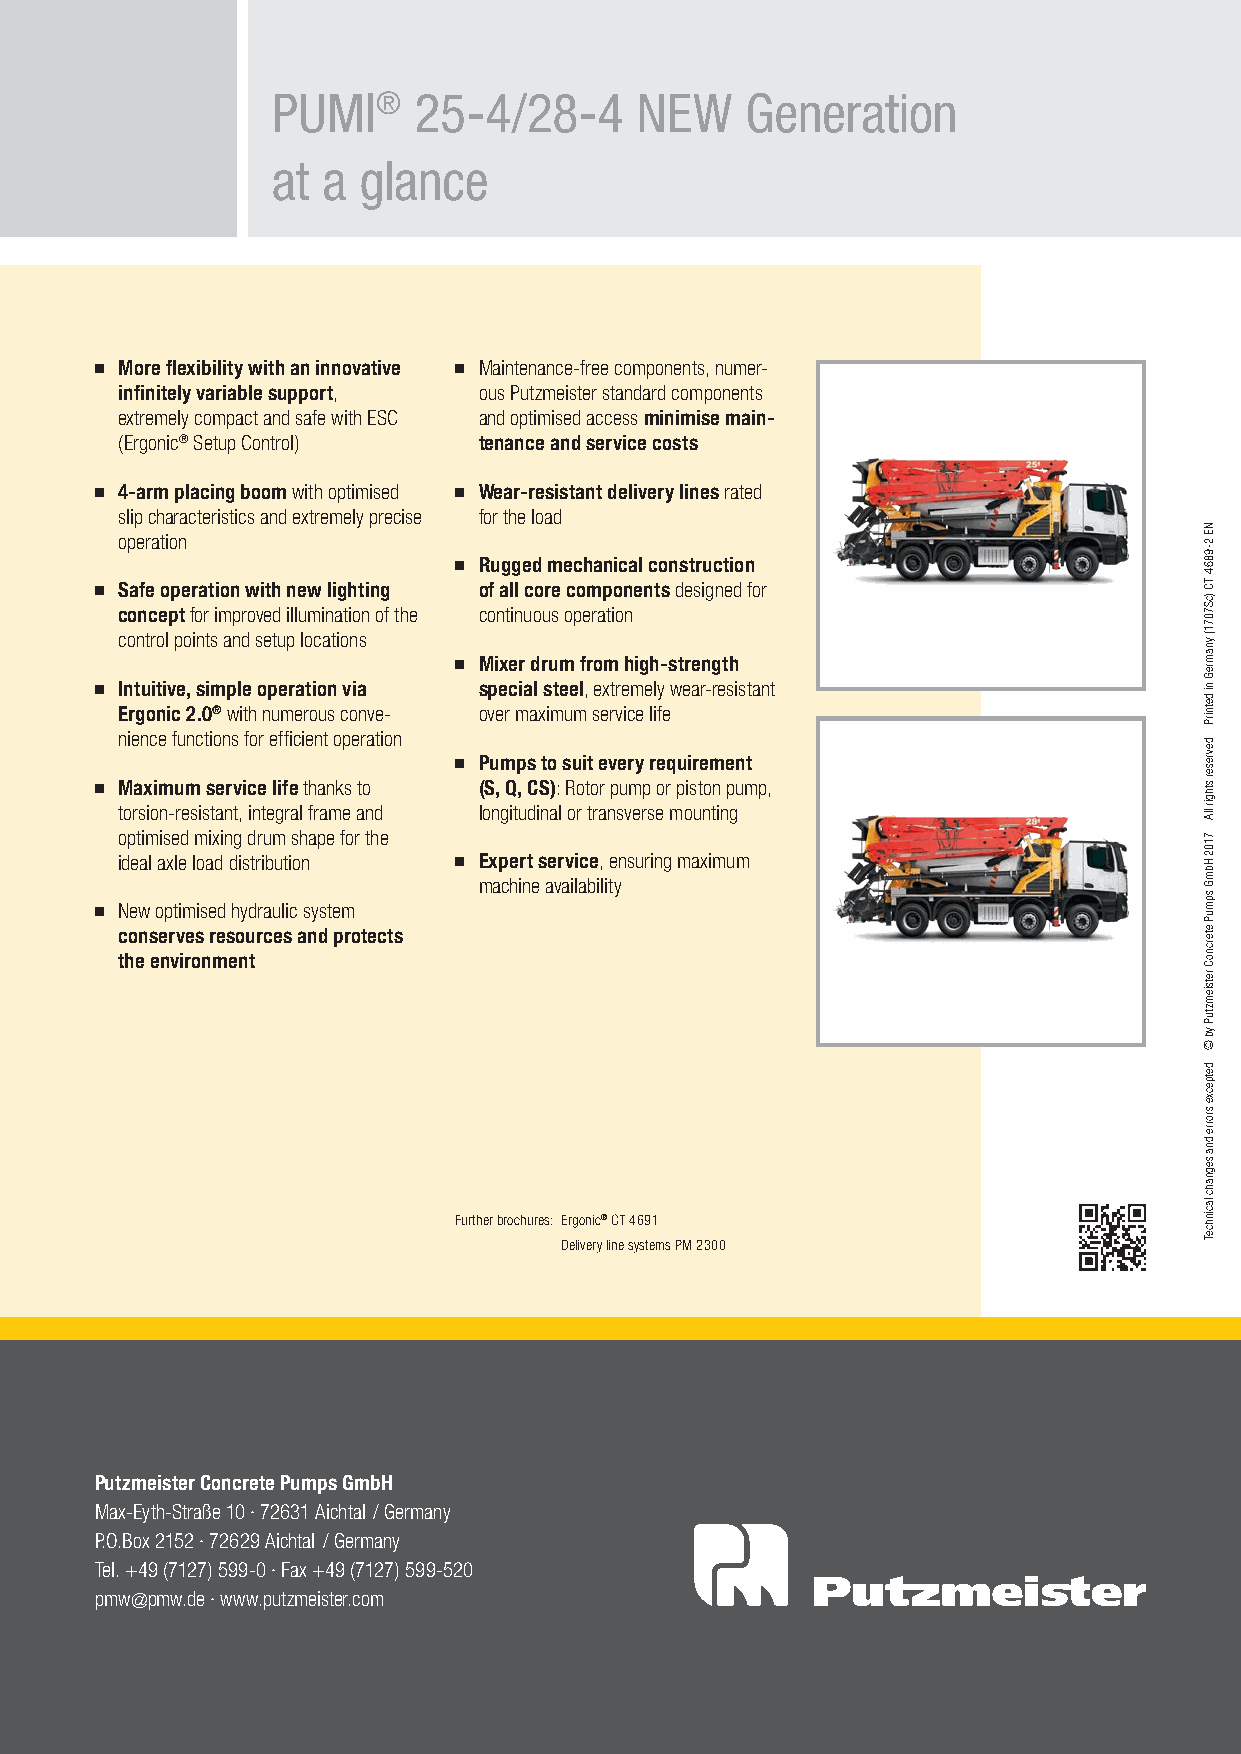
PUMI®    25-4/28-4      NEW    Generation
 at a  glance
 ■■ More flexibility with an innovative ■■ Maintenance-free components, numer-
 infinitely variable support, ous Putzmeister standard components
 extremely compact and safe with ESC and optimised access minimise main-
 (Ergonic® Setup Control) tenance and service costs
 ■■ 4-arm placing boom with optimised ■■ Wear-resistant delivery lines rated
 slip characteristics and extremely precise for the load
 operation
 ■■ Rugged mechanical construction
 ■■ Safe operation with new lighting of all core components designed for
 concept for improved illumination of the continuous operation
 control points and setup locations
 ■■ Mixer drum from high-strength
 ■■ Intuitive, simple operation via special steel, extremely wear- resistant
 Ergonic 2.0® with numerous conve- over maximum service life
 nience functions for efficient operation
 ■■ Pumps to suit every requirement
 ■■ Maximum service life thanks to (S, Q, CS): Rotor pump or piston pump,
 torsion-resistant, integral frame and longitudinal or transverse mounting
 optimised mixing drum shape for the
 ideal axle load distribution ■■ E xpert service, ensuring maximum
 machine availability
 ■■ New optimised hydraulic system
 conserves resources and protects
 the environment
 Further brochures: Ergonic® CT 4691
 Delivery line systems PM 2300
 Putzmeister Concrete Pumps GmbH
 Max-Eyth-Straße 10 · 72631 Aichtal / Germany
 P.O.Box 2152 · 72629 Aichtal / Germany
 Tel. +49 (7127) 599-0 · Fax +49 (7127) 599-520
 pmw@pmw.de · www.putzmeister.com
 NE
 2-9864
 TC
 )cS7071(
 ynamreG
 ni
 detnirP
 devreser
 sthgir
 llA
 7102
 HbmG
 spmuP
 etercnoC
 retsiemztuP
 yb
 ©
 detpecxe
 srorre
 dna
 segnahc
 lacinhceT